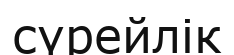
сүрейлік